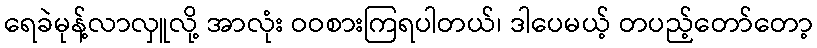
ရေခဲမုန့်လာလှူလို့ အာလုံး ဝဝစားကြရပါတယ်၊ ဒါပေမယ့် တပည့်တော်တော့